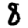
Digit: 8